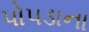
પોપડાના